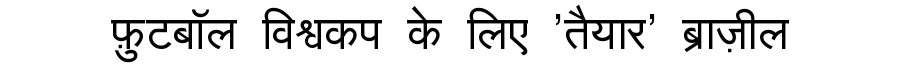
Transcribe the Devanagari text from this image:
फ़ुटबॉल विश्वकप के लिए 'तैयार' ब्राज़ील